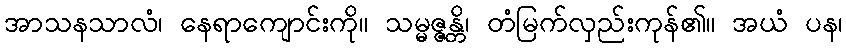
အာသနသာလံ၊ နေရာကျောင်းကို။ သမ္မဇ္ဇန္တိ၊ တံမြက်လှည်းကုန်၏။ အယံ ပန၊